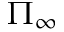
\Pi _ { \infty }